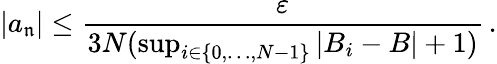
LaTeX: |a_{\mathfrak{n}}|\leq{\frac{{\varepsilon}}{{3N(\operatorname*{sup}_{i\in\{ 0,\dots,N-1\} }|B_{i}-B|+1)}}}\, .